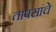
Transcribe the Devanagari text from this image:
तापसांचे